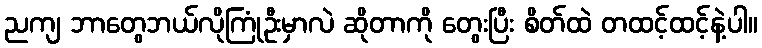
ညကျ ဘာတွေဘယ်လိုကြုံဦးမှာလဲ ဆိုတာကို တွေးပြီး စိတ်ထဲ တထင့်ထင့်နဲ့ပါ။